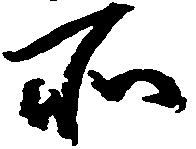
所